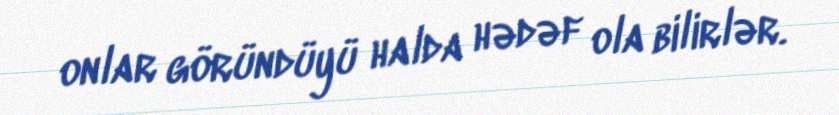
onlar göründüyü halda hədəf ola bilirlər.